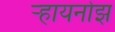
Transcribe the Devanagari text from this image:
र्‍हायनोझ